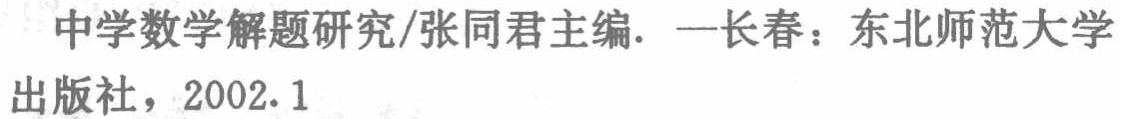
《中学数学解题研究》/张同君主编. —长春：东北师范大学出版社，2002.1